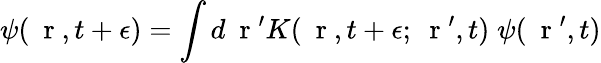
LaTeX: \psi(\mathrm{~\mathbf~r~},t+\epsilon)=\int d\mathrm{~\mathbf~r~}^{\prime}K(\mathrm{~\mathbf~r~},t+\epsilon;\mathrm{~\mathbf~r~}^{\prime},t)\; \psi(\mathrm{~\mathbf~r~}^{\prime},t)